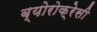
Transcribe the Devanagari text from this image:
ब्योरोक्रेसी